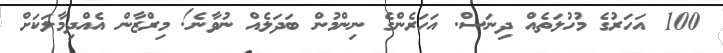
100 އަހަރުގެ މުހުލަތެއް ދިނަސް. އަހަރެންގެ ނިންމުން ބަދަލެއް ނުވާނެ! މިރްޒާން އެއްދިމާލަކަށް